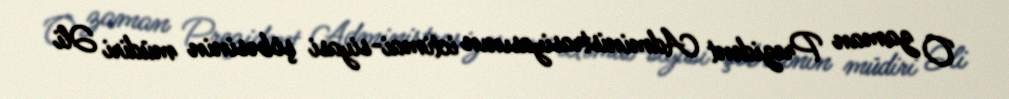
O zaman Prezident Administrasiyasının ictimai-siyasi şöbəsinin müdiri Əli